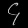
Digit: ၄